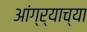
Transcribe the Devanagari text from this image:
आंग्र्‍याच्या